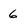
Character: 6